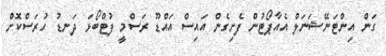
ގަން އިންޓަނޭޝަނަލް އެއާޕޯޓުން ފެށިގެން އައިސް އައްޑޫ ރަސްމީ ފުޓްބޯޅަ ދަނޑު ހުރަސްކޮށް